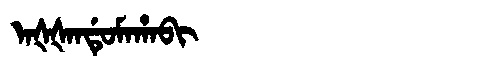
Manchu: ᠠᡧᡧᠠᠨᡩᡠᠮᠠᡥᠠᠪᡳ
Romanization: AŠŠANDUMAHABI